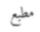
مطبع